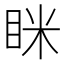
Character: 眯